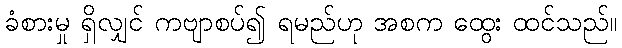
ခံစားမှု ရှိလျှင် ကဗျာစပ်၍ ရမည်ဟု အစက ထွေး ထင်သည်။